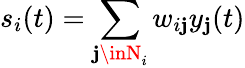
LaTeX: s_{i}(t)=\sum_{\mathbf{j}\inN_{i}}w_{i\mathbf{j}}y_{\mathbf{j}}(t)